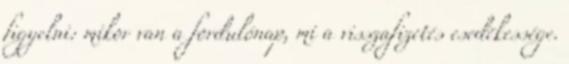
figyelni: mikor van a fordulónap, mi a visszafizetés esedékessége.